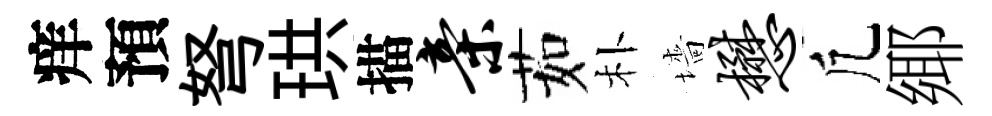
痒預弩珙描亲茹朴墻懋凢鄊